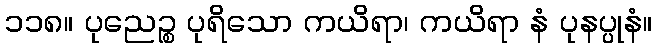
၁၁၈။ ပုညေဉ္စ ပုရိသော ကယိရာ၊ ကယိရာ နံ ပုနပ္ပုနံ။